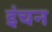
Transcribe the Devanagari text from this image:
इंचन